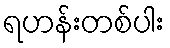
ရဟန်းတစ်ပါး